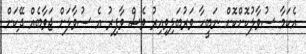
އެކަމާ ސުވާލުކޮށްކޮށް ނަބީހާ ވަރުބަލިވިއިރު ވެސް ވާފިރު އެ ސުވާލަށް ޖަވާބެއް ދޭކަށް